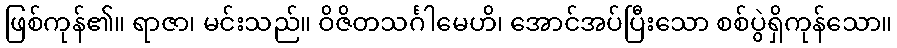
ဖြစ်ကုန်၏။ ရာဇာ၊ မင်းသည်။ ဝိဇိတသင်္ဂါမေဟိ၊ အောင်အပ်ပြီးသော စစ်ပွဲရှိကုန်သော။